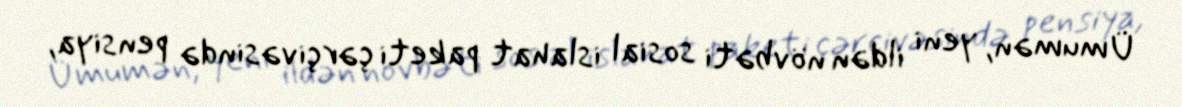
Ümumən, yeni ildən növbəti sosial islahat paketi çərçivəsində pensiya,